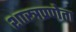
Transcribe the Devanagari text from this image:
शास्त्रप्रणेता